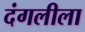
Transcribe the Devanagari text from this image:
दंगलीला